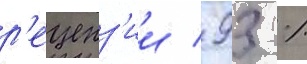
р'еценз'ии / 93 %